Lunatic asylums Central Provinces reports 1886-1894 - 1886-1894
Year: 1886
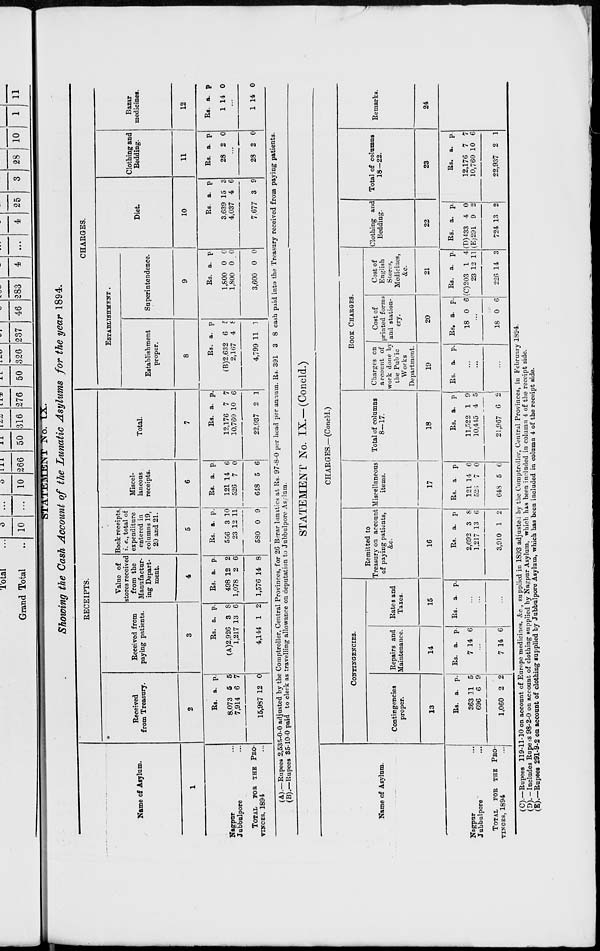
STATEMENT No. IX.
Showing the Cash Account of the Lunatic Asylums for the year 1894.
Name of Asylum.
1
Nagpur ...
Jubbulpore ...
TOTAL
FOR THE PRO-
VINCES, 1894 ...
RECEIPTS.
Received
from Treasury.
2
Rs.
8,073
7,914
15,987
a.
5
6
12
p.
5
7
0
Received from
paying patients.
3
Rs.
(A)2,926
1,217
4,144
a.
3
13
1
p.
8
6
2
Value of
stores received
from the
Manufactur-
ing Depart-
ment.
4
Rs.
498
1,078
1,576
a.
12
2
14
p.
2
6
8
Book receipts.
i. e., total of
expenditure
entered in
columns 19,
20 and 21.
5
Rs.
556
23
580
a.
3
12
0
p.
10
11
9
Miscel-
laneous
receipts.
6
Rs.
121
526
648
a.
14
7
5
p.
6
0
6
Total.
7
Rs.
12,176
10,760
22,937
a.
7
10
2
p.
7
6
1
CHARGES.
ESTABLISHMENT.
Establishment
proper.
8
Rs.
(B)2,632
2,167
4,799
a.
6
4
11
p.
5
8
1
Superintendence.
9
Rs.
1,800
1,800
3,600
a.
0
0
0
p.
0
0
0
Diet
10
Rs.
3,639
4,037
7 677
a.
15
4
3
p.
3
6
9
Clothing and
Bedding.
11
Rs.
28
a.
2
p.
0
...
28 2 0
Bazar
medicines.
12
Rs.
1
a.
14
p.
0
...
1 14 0
(A).—Rupees 2,535-0-0 adjusted by the Comptroller, Central Provinces, for 26 Berar lunatics at Rs. 97-8-0 per head per annum. Rs. 391 3 8 cash paid into the Treasury received from paying patients.
(B).—Rupees 35-10-0 paid to clerk as travelling allowance on deputation to Jubbulpore Asylum.
STATEMENT No. IX.—(Concld.)
Name of Asylum.
Nagpur ...
Jubbulpore ...
TOTAL
FOR
THE PRO-
VINCES, 1894 ...
CHARGES.—(Concld.)
CONTINGENCIES.
Contingencies
proper.
13
Rs.
363
696
1,060
a.
11
6
2
p.
5
9
2
Repairs and
Maintenance.
14
Rs.
7
a.
14
p.
6
...
7 14 6
Rates and
Taxes.
15
Rs. a. p.
...
...
...
Remitted to
Treasury on account
of paying patients,
&c.
16
Rs.
2,692
1,217
3,910
a.
3
13
1
p.
8
6
2
Miscellaneous
items.
17
Rs.
121
525
643
a.
14
7
5
p.
6
0
6
Total of columns
8—17.
18
Rs.
11,522
10,445
21,967
a.
1
4
6
p.
9
5
2
BOOK CHARGES.
Charges on
account of
work done by
the Pubic
Works
Department.
19
Rs. a. p.
...
...
...
Cost of
printed forms
and station-
ery.
20
Rs.
18
a.
0
p.
6
...
18 0 6
Cost of
English
Stores,
Medicines,
&c.
21
Rs.
(C)203
23
226
a.
1
12
14
p.
4
11
3
Clothing and
Bedding.
22
Rs.
(D)433
(E)291
724
a.
4
9
13
p.
0
2
2
Total of columns
18—22.
23
Rs.
12,176
10,760
22,937
a.
7
10
2
p.
7
6
1
Remarks.
24
(C).—Rupees 119-11-10 on account of Europe medicines, &c., supplied in 1893 adjusted by the Comptroller, Central Provinces, in February 1894.
(D). —Includes Rupees 98-2-0 on account of clothing supplied by Nagpur Asylum, which has been included in column 4 of the receipt side.
(E)—Rupees 291-9-2 on account of clothing supplied by Jubbulpore Asylum, which has been included in column 4 of the receipt side.